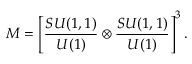
{ \cal M } = \left[ { \frac { S U ( 1 , 1 ) } { U ( 1 ) } } \otimes { \frac { S U ( 1 , 1 ) } { U ( 1 ) } } \right] ^ { 3 } .